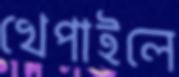
খেপাইলে